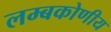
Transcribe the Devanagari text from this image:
लम्बकोणीय